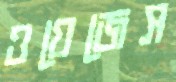
ওয়েজেস